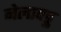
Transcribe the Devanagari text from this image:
नेलापट्टु